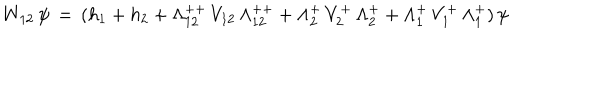
W _ { 1 2 } \, \psi \, = \, ( h _ { 1 } + h _ { 2 } + \Lambda _ { 1 2 } ^ { + + } \, V _ { 1 2 } \, \Lambda _ { 1 2 } ^ { + + } + \Lambda _ { 2 } ^ { + } \, V _ { 2 } ^ { + } \, \Lambda _ { 2 } ^ { + } + \Lambda _ { 1 } ^ { + } \, V _ { 1 } ^ { + } \, \Lambda _ { 1 } ^ { + } ) \, \psi